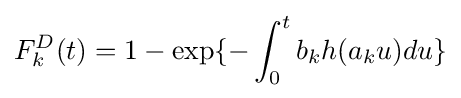
F_{k}^{D}(t)=1-\exp\{-\int _{0}^{t}b_{k}h(a_{k}u)du\}